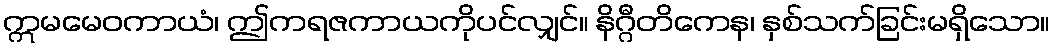
ဣမမေဝကာယံ၊ ဤကရဇကာယကိုပင်လျှင်။ နိဂ္ဂီတိကေန၊ နှစ်သက်ခြင်းမရှိသော။